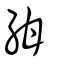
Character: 紺